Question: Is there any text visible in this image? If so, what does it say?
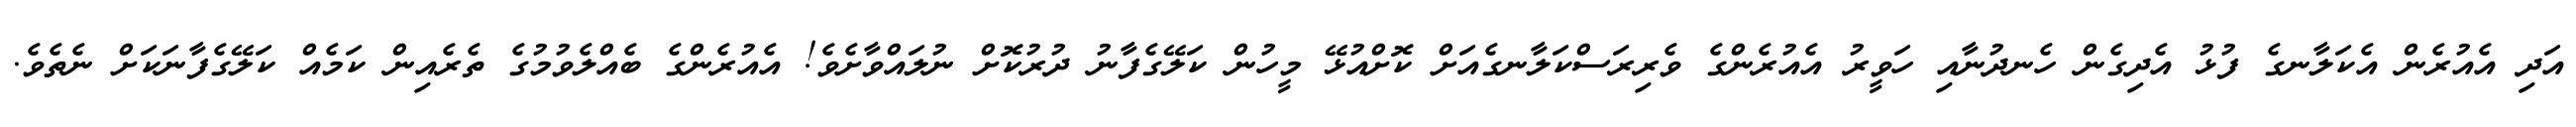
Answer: އަދި އެއުރެން އެކަލާނގެ ފުޅު އެދިގެން ހެނދުނާއި ހަވީރު އެއުރެންގެ ވެރިރަސްކަލާނގެއަށް ކޮށްއުޅޭ މީހުން ކަލޭގެފާނު ދުރުކޮށް ނުލައްވާށެވެ! އެއުރެންގެ ބެއްލެވުމުގެ ތެރެއިން ކަމެއް ކަލޭގެފާނަކަށް ނެތެވެ.